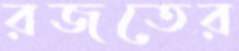
রজতের